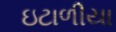
ઇટાળીયા